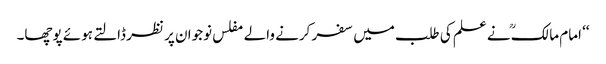
‘‘ امام مالکؒ نے علم کی طلب میں سفر کرنے والے مفلس نوجوان پر نظر ڈالتے ہوئے پوچھا۔